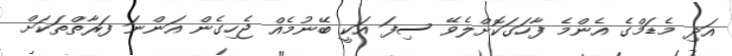
އަދި މެޑަމްގެ އެންމެ ފާހަގަކޮށްލެވޭ ސިފަ އަކީ ބޭނުމެއް ޖެހިގެން އަންނަ ފަރާތްތަކަށް